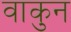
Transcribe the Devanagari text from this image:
वाकुन